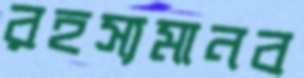
রহস্যমানব